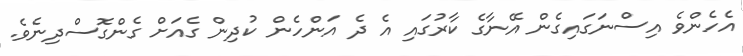
އެހެންވެ އިސްނަގައިގެން އޭނާގެ ކާރުގައި އެ ދެ އަންހެން ކުދިން ގެއަށް ގެންގޮސްދިނެވެ.